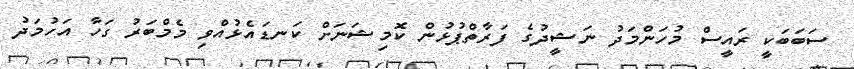
ސަބަބަކީ ރައީސް މުހަންމަދު ނަޝީދުގެ ފަރާތްޕުޅުން ކޮމިޝަނަށް ކަނޑައެޅުއްވި މެމްބަރު ގަހާ އަހުމަދު